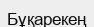
Бұқарекең